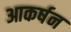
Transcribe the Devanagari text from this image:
आकर्षन